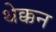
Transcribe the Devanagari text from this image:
थेक्कन